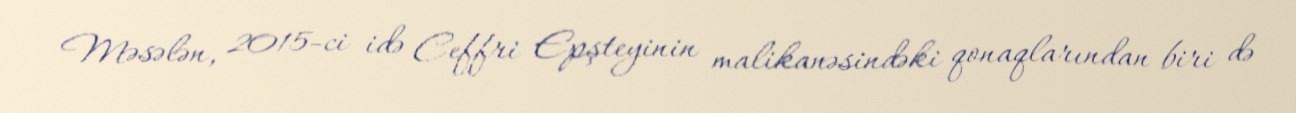
Məsələn, 2015-ci idə Ceffri Epşteyinin malikanəsindəki qonaqlarından biri də